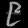
Digit: ၉